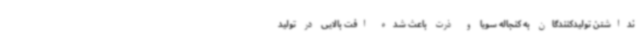
نداشتن تولیدکنندگان به کنجاله سویا و ذرت باعث شده افت بالایی در تولید